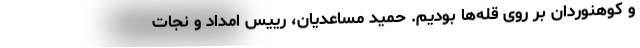
و کوهنوردان بر روی قله‌ها بودیم. حمید مساعدیان، رییس امداد و نجات